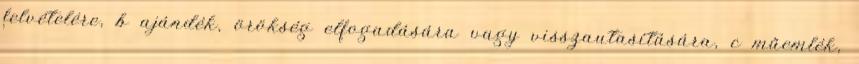
felvételére, b ajándék, örökség elfogadására vagy visszautasítására, c műemlék,